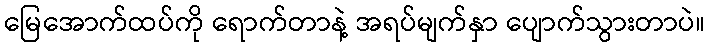
မြေအောက်ထပ်ကို ရောက်တာနဲ့ အရပ်မျက်နှာ ပျောက်သွားတာပဲ။